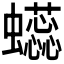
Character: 𰳥